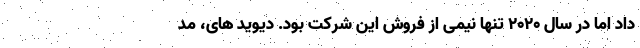
داد اما در سال ۲۰۲۰ تنها نیمی از فروش این شرکت بود. دیوید های، مد